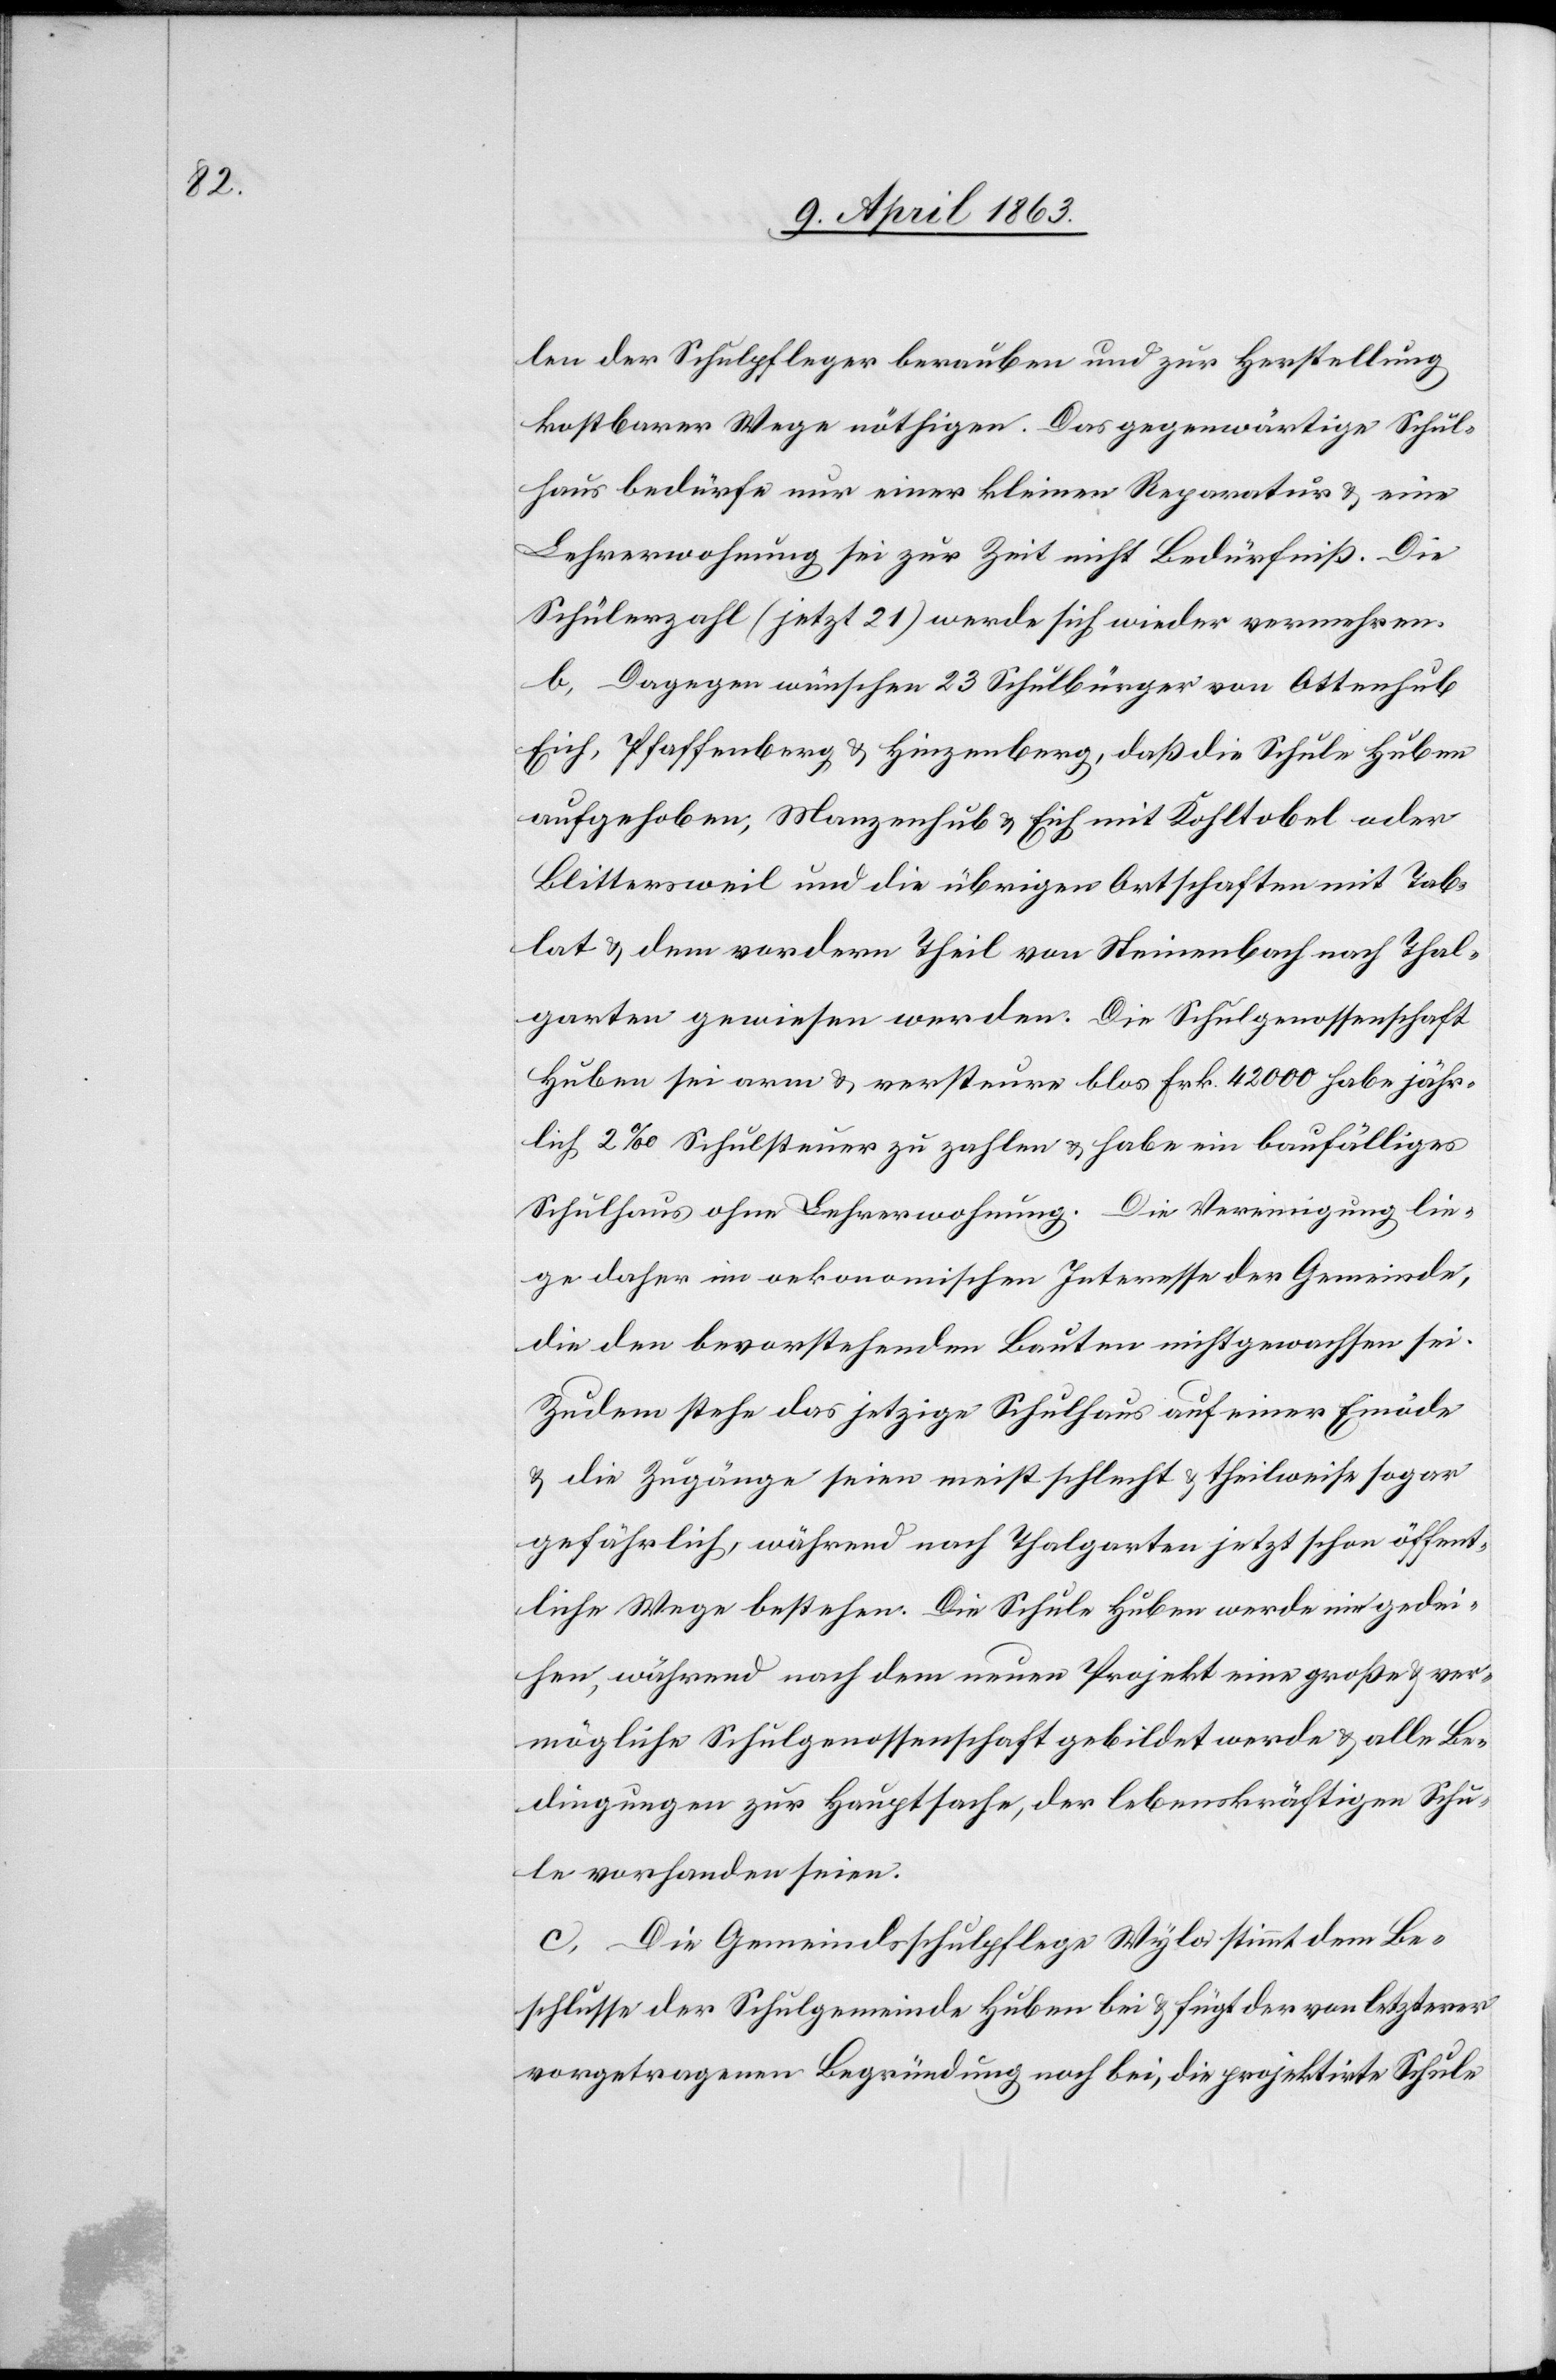
len der Schulpfleger berauben und zur Herstellung
kostbarer Wege nöthigen. Das gegenwärtige Schul¬
haus bedürfe nur einer kleinen Reparatur & eine
Lehrerwohnung sei zur Zeit nicht Bedürfniß. Die
Schülerzahl (jetzt 21) werde sich wieder vermehren.
b) Dagegen wünschen 23 Schulbürger von Ottenhub[,]
Eich, Pfaffenberg & Hinzenberg, daß die Schule Huben
aufgehoben, Manzenhub & Eich mit Kohltobel oder
Blittersweil und die übrigen Ortschaften mit Tab¬
lat & dem vordern Theil von Steinenbach nach Thal¬
garten gewiesen werden. Die Schulgenossenschaft
Huben sei arm & versteure blos Frk. 42 000 habe jähr¬
lich 2‰ Schulsteuer zu zahlen & habe ein baufälliges
Schulhaus ohne Lehrerwohnung. Die Vereinigung lie¬
ge daher im oekonomischen Interesse der Gemeinde,
die den bevorstehenden Bauten nicht gewachsen sei.
Zudem stehe das jetzige Schulhaus auf einer Einöde
& die Zugänge seien meist schlecht & theilweise sogar
gefährlich, während nach Thalgarten jetzt schon öffent¬
liche Wege bestehen. Die Schule Huben werde nie gedei¬
hen, während nach dem neuen Projekt eine große & ver¬
mögliche Schulgenossenschaft gebildet werde & alle Be¬
dingungen zur Hauptsache, der lebenskräftigen Schu¬
le vorhanden seien.
c) Die Gemeindsschulpflege Wyla stimmt dem Be¬
schlusse der Schulgemeinde Huben bei & fügt der von letzterer
vorgetragenen Begründung noch bei, die projektirte Schule